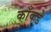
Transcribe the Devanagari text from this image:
काँकडे